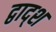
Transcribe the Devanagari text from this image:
द्वाद्श